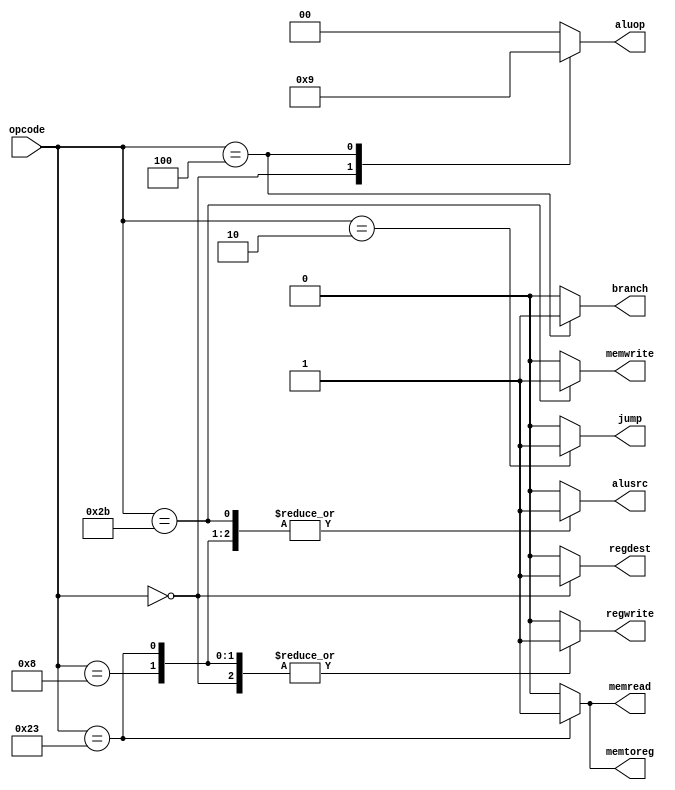
module controlunit (input [5:0] opcode,
					output reg regdest, 
					output reg jump, 
					output reg branch, 
					output reg memread,
					output reg memtoreg, 
					output reg memwrite, 
					output reg alusrc, 
					output reg regwrite,
					output reg[1:0] aluop 
				);
// These cases and outputs are taken from figure 4.22, P&H                   
always @ (opcode) 
begin
    {regdest, alusrc, memtoreg, regwrite, memread, memwrite, branch, jump, aluop} = 10'b0000000000;
    case (opcode)
		6'b000000 : 
			begin // ALU r-type, others are 0 by default
				regdest = 1;
				regwrite = 1;
				aluop = 2'b10;
			end
		6'b001000 : 
			begin // addi instruction
				alusrc = 1;
				regwrite = 1;
			end
		6'b100011:
			begin // lw
				alusrc = 1;
				memtoreg = 1;
				regwrite = 1;
				memread = 1;
			end
		6'b101011: 
			begin // sw
				alusrc <= 1;
				memwrite <= 1;       
			end
		6'b000100: 
			begin // beq, alu will do subtraction
				branch <= 1;
				aluop <= 2'b01;
			end
		6'b000010: 
			begin // j
				jump <= 1;
				// all else is don't-care
			end
    endcase
end

endmodule